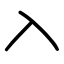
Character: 入